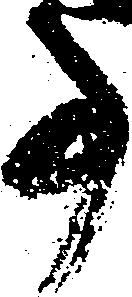
事